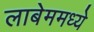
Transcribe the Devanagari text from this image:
लाबेममध्ये